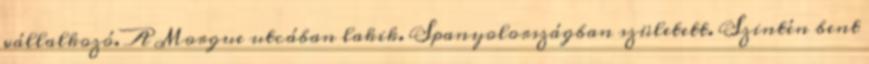
vállalkozó. A Morgue utcában lakik. Spanyolországban született. Szintén bent